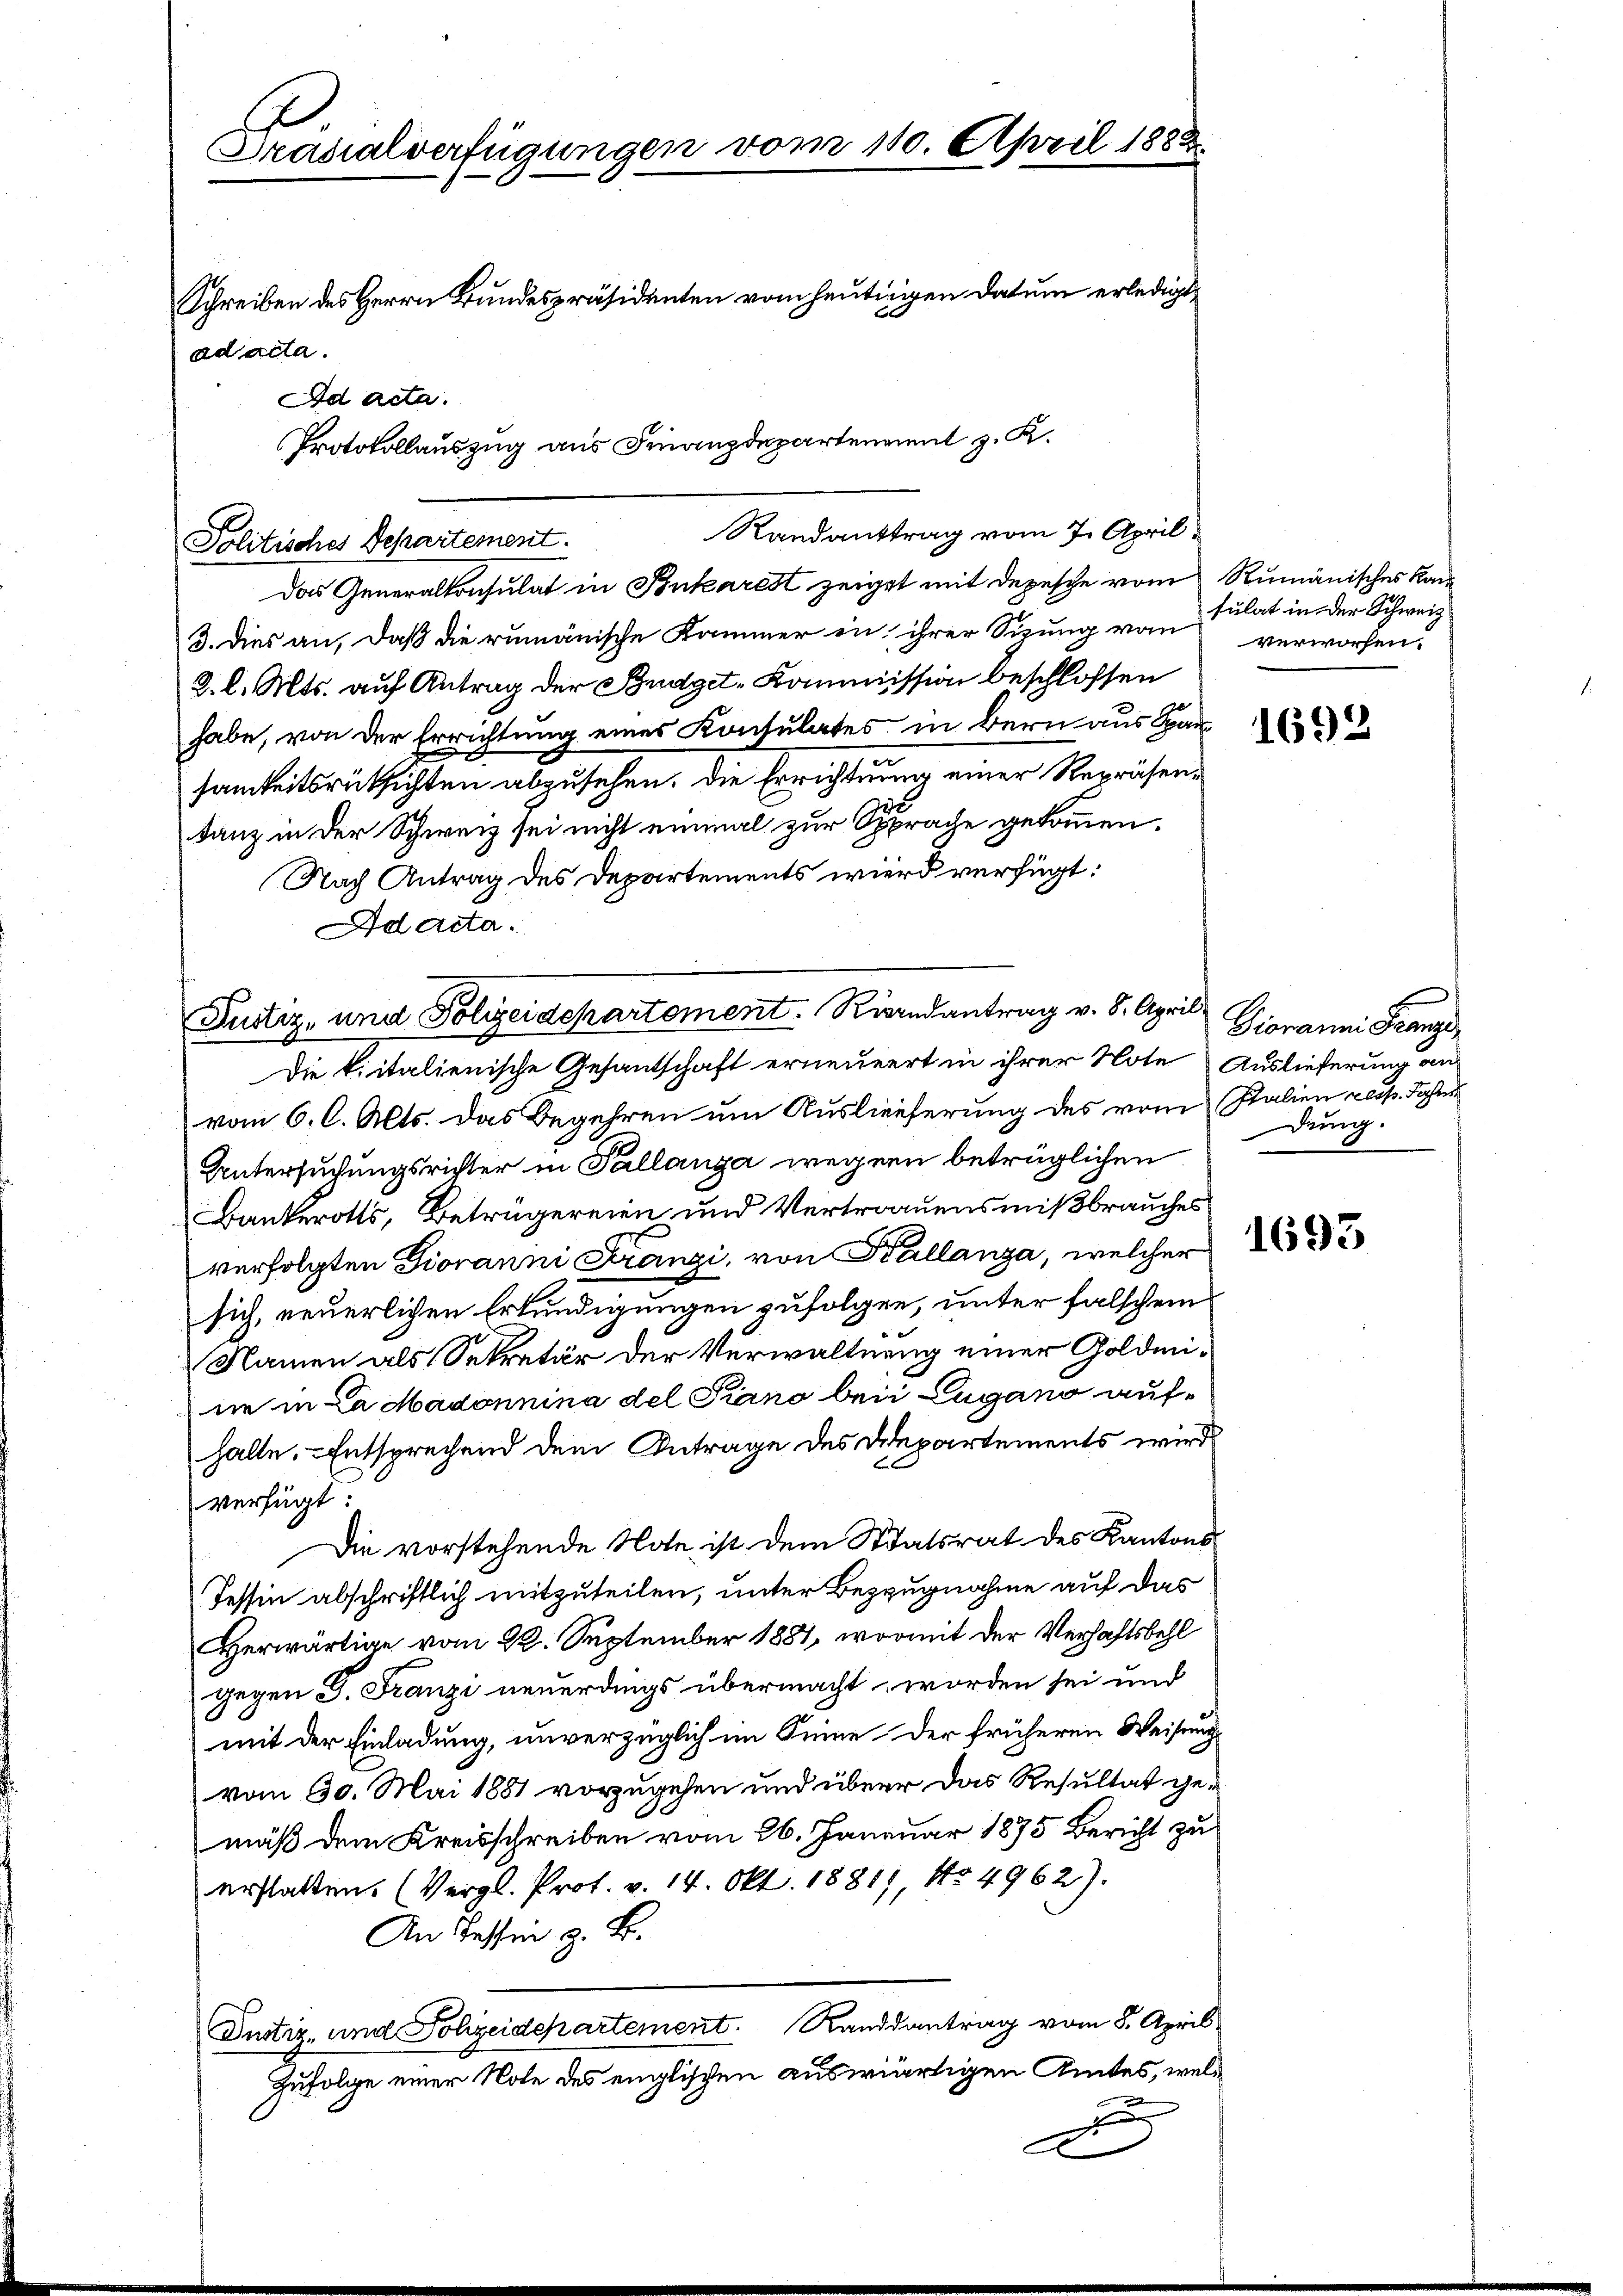
Pradialverfügungen vom 110. April 1883

ad acta.
Ad acta.

Protokollauszug aus Finanzdepartenannt z. K.
Randanttrag vom 7. April
Politisches Departement.

Das Generalkonsulat in Ponkarest zeiget mit Depesche vom Rumänisches Kan
3. dies an, daß die rumänische Kammer in ihrer Sizung von verworfen,
2. l. Mts. auf Antrag der Budget-Kommission beschlossen
habe, von der Errichtung eines Kontulates in Bern aus Hansamkeitsrücksichten abzusehen, die Errichtung einer Repräsentanz in der Schweiz sei nicht einmal zur Sprache gekommen.
Nach Antrag des Departements wird verfügt:
Adacta.
Die kritalienische Gesantschaft erneuert in ihrer Note Auslieferung am
vom 6. A. Alts. Das Begehren um Auslieferung des vom Stalien reis. Jahre
Untersuchungsrichter in Pallanza wegen betrüglichen
Bankerotts, Betrügereien und Vertrauensmißbrauches
verfolgten Giovanni Franzi, von Kállanza, welcher
sich, neuerlichen Erkundigungen zufolgen, unter falschem
Namen als Sekretär der Verwaltung einer Goldmine in La Madonnina del Piano bei Lugano aufhalte. Entsprechend dem Antrage des Departements wird
verfügt
Die vorstehende Note ist dem Statsrat des Kantons
Tessin abschriftlich mitzuteilen, unter Bezugnahme auf das
Herwärtige vom 22. September 1881, womit der Verhaftsbehl
gegen G. Franzi neuerdings übermacht, worden sei und
mit der Einladung, unverzüglich im Sinne der früheren Weisung
vom 30. Mai 1881 vorzugehen und über das Resultat gemäß dem Kreisschreiben vom 26. Januar 1875 Bericht zu
erstatten. (Vergl. Prot. v. 14. Okt. 18811, No. 4962).
An Tessin z. B.
Justiz- und Polizeidepartement. Randsantrag vom 8. April
Zufolge einer Note des englischen auswärtigen Amtes, weld

Schreiben des Herrn Bundespräsidenten vom heutigen Datum erledigt

Pustiz- und Polizeidepartement. Rindantrag v. 8. April Giovanni Franze

sulat in der Schweiz

1692

dung.